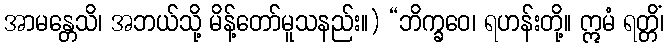
အာမန္တေသိ၊ အဘယ်သို့ မိန့်တော်မူသနည်း။) “ဘိက္ခဝေ၊ ရဟန်းတို့။ ဣမံ ရတ္တိံ၊